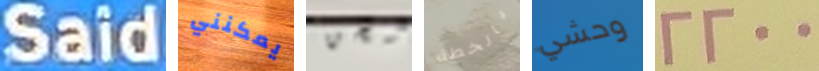
Said يمكنني شحن بالخطة وحشي 2200